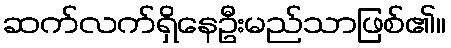
ဆက်လက်ရှိနေဦးမည်သာဖြစ်၏။